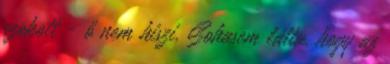
szokott - ő nem hiszi. Sohasem látta, hogy az